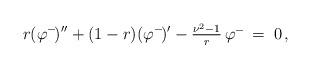
LaTeX: \begin{align*} r(\varphi^-\!)''+(1-r)(\varphi^-\!)'-\textstyle{\frac{\nu^2-1}{r}}\,\varphi^-\!\;=\;0\,,\end{align*}